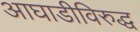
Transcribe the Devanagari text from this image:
आघाडीविरुद्ध